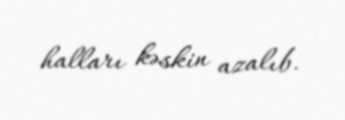
halları kəskin azalıb.